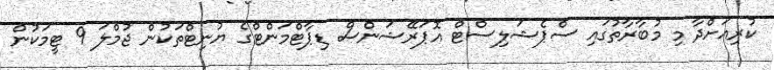
ކުރިއަށްދާ މި މުބާރާތުގައި ސްޕެޝަލިސްޓް އޮޕަރޭޝަންސް ޑިޕާޓްމަންޓްގެ ޔުނިޓްތަކުން ޖުމްލަ 9 ޓީމަކުން